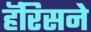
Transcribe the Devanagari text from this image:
हॅरिसने